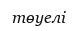
төуелі